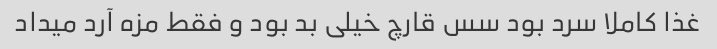
غذا کاملا سرد بود سس قارچ خیلی بد بود و فقط مزه آرد میداد